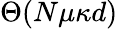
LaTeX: \Theta(N\mu\kappa d)